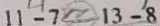
1 1 - 7 \textcircled { < } 1 3 - 8